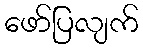
ဖော်ပြလျက်